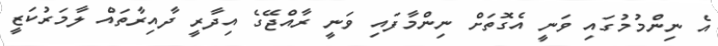
އެ ނިންމުމުގައި ވަނީ އެގޮތަށް ނިންމާފައި ވަނީ ރާއްޖޭގެ އިދާރީ ދާއިރާތައް ލާމަރުކަޒީ